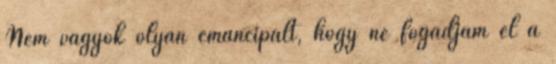
Nem vagyok olyan emancipált, hogy ne fogadjam el a